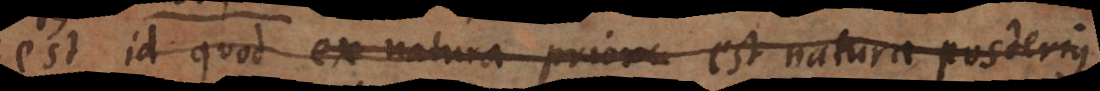
est id quod ex natura priora est natura posterius